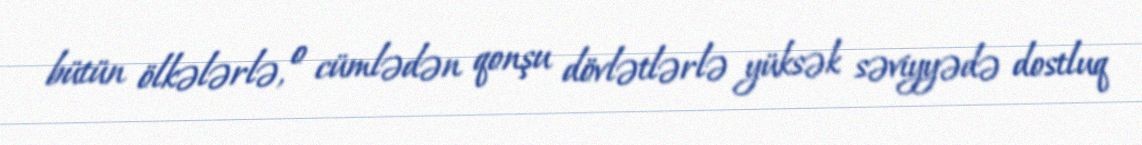
bütün ölkələrlə, o cümlədən qonşu dövlətlərlə yüksək səviyyədə dostluq